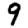
Digit: 9